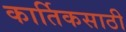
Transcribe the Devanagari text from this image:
कार्तिकसाठी